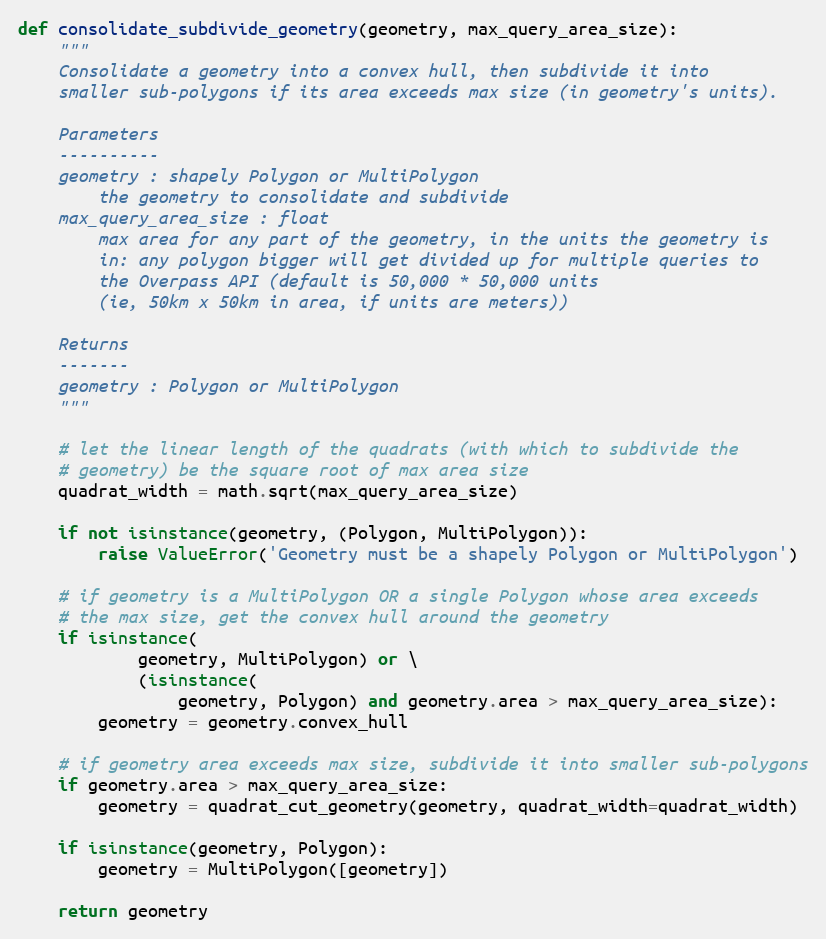
Language: Python
def consolidate_subdivide_geometry(geometry, max_query_area_size):
    """
    Consolidate a geometry into a convex hull, then subdivide it into
    smaller sub-polygons if its area exceeds max size (in geometry's units).

    Parameters
    ----------
    geometry : shapely Polygon or MultiPolygon
        the geometry to consolidate and subdivide
    max_query_area_size : float
        max area for any part of the geometry, in the units the geometry is
        in: any polygon bigger will get divided up for multiple queries to
        the Overpass API (default is 50,000 * 50,000 units
        (ie, 50km x 50km in area, if units are meters))

    Returns
    -------
    geometry : Polygon or MultiPolygon
    """

    # let the linear length of the quadrats (with which to subdivide the
    # geometry) be the square root of max area size
    quadrat_width = math.sqrt(max_query_area_size)

    if not isinstance(geometry, (Polygon, MultiPolygon)):
        raise ValueError('Geometry must be a shapely Polygon or MultiPolygon')

    # if geometry is a MultiPolygon OR a single Polygon whose area exceeds
    # the max size, get the convex hull around the geometry
    if isinstance(
            geometry, MultiPolygon) or \
            (isinstance(
                geometry, Polygon) and geometry.area > max_query_area_size):
        geometry = geometry.convex_hull

    # if geometry area exceeds max size, subdivide it into smaller sub-polygons
    if geometry.area > max_query_area_size:
        geometry = quadrat_cut_geometry(geometry, quadrat_width=quadrat_width)

    if isinstance(geometry, Polygon):
        geometry = MultiPolygon([geometry])

    return geometry